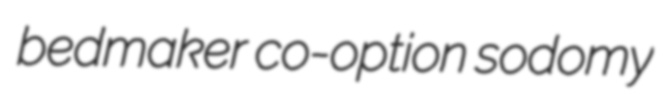
bedmaker co-option sodomy